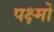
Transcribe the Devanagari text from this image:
पक्ष्मों